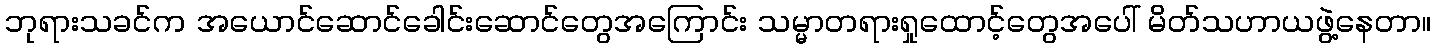
ဘုရားသခင်က အယောင်ဆောင်ခေါင်းဆောင်တွေအကြောင်း သမ္မာတရားရှုထောင့်တွေအပေါ် မိတ်သဟာယဖွဲ့နေတာ။